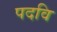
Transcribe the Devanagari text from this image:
पदवि